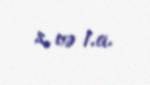
s. və i.a.